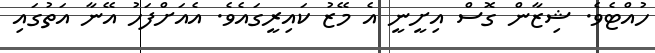
ހުއްޓެވެ. ޝިޒާން ގޮސް އިށީނީ އެ މޭޒު ކައިރީގައެވެ. އެއަށްފަހު އޭނާ އަތުގައި